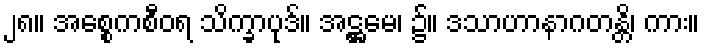
၂၈။ အစ္စေကစီဝရ သိက္ခာပုဒ်။ အဋ္ဌမေ၊ ၌။ ဒသာဟာနာဂတန္တိ၊ ကား။